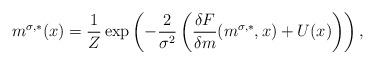
LaTeX: \begin{align*}m^{\sigma,*}(x) = \frac{1}{Z} \exp{\left( -\frac{2}{\sigma^2} \left( \frac{\delta F}{\delta m} (m^{\sigma,*},x) + U(x) \right)\right)} \,,\end{align*}